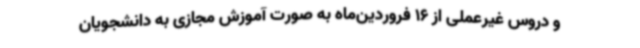
و دروس غیرعملی از 16 فروردین‌ماه به صورت آموزش‌ مجازی به دانشجویان